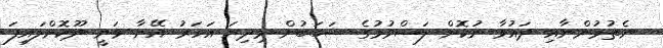
ނެތުމުންނާއި ދައުވާ ނުކޮށް ލަސްވުމުގެ ސަބަބުން މިދިޔަ އަހަރު އޭނާ ވަނީ ދޫކޮށްލައިފަ